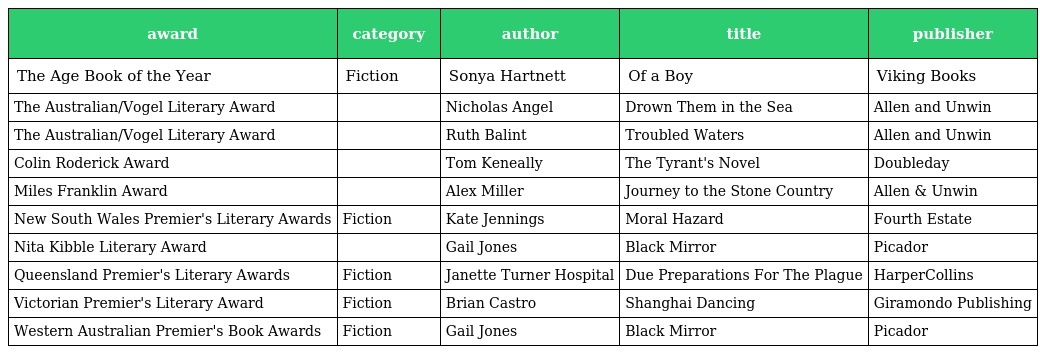
| award | category | author | title | publisher |
 | --- | --- | --- | --- | --- |
 | The Age Book of the Year | Fiction | Sonya Hartnett | Of a Boy | Viking Books |
 | The Australian/Vogel Literary Award |  | Nicholas Angel | Drown Them in the Sea | Allen and Unwin |
 | The Australian/Vogel Literary Award |  | Ruth Balint | Troubled Waters | Allen and Unwin |
 | Colin Roderick Award |  | Tom Keneally | The Tyrant's Novel | Doubleday |
 | Miles Franklin Award |  | Alex Miller | Journey to the Stone Country | Allen & Unwin |
 | New South Wales Premier's Literary Awards | Fiction | Kate Jennings | Moral Hazard | Fourth Estate |
 | Nita Kibble Literary Award |  | Gail Jones | Black Mirror | Picador |
 | Queensland Premier's Literary Awards | Fiction | Janette Turner Hospital | Due Preparations For The Plague | HarperCollins |
 | Victorian Premier's Literary Award | Fiction | Brian Castro | Shanghai Dancing | Giramondo Publishing |
 | Western Australian Premier's Book Awards | Fiction | Gail Jones | Black Mirror | Picador |